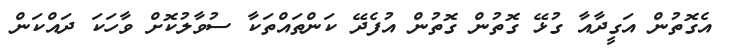
އެގޮތުން އަގީދާއާ ގުޅޭ ގޮތުން ގޮތުން އުފެދޭ ކަންތައްތަކާ ސުވާލުކޮށް ވާހަކަ ދައްކަން